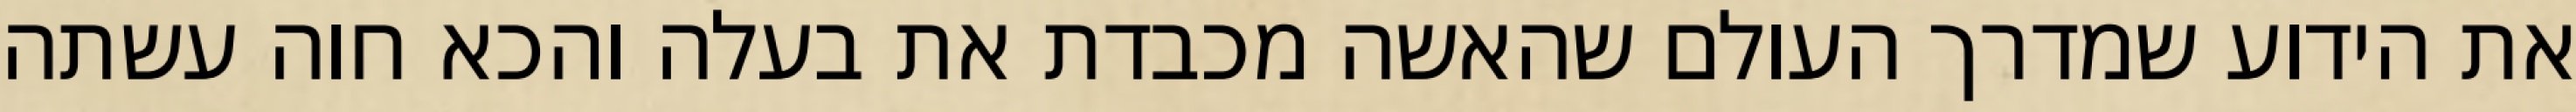
את הידוע שמדרך העולם שהאשה מכבדת את בעלה והכא חוה עשתה